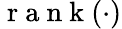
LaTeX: \mathrm{~r~a~n~k~}(\cdot)